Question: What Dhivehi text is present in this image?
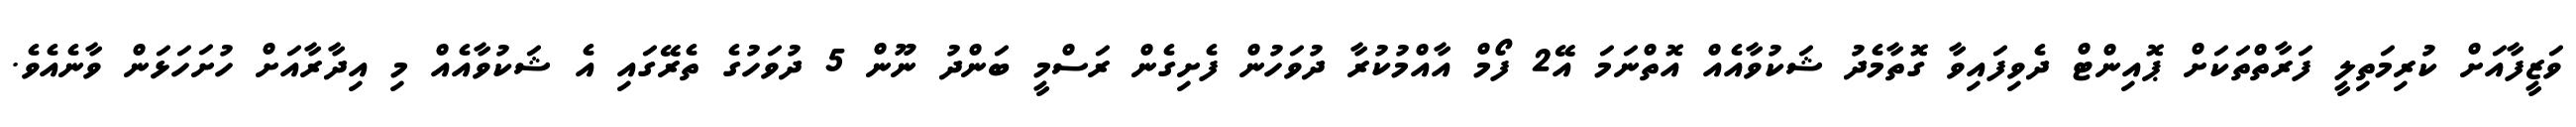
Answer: ވަޒީފާއަށް ކުރިމަތިލީ ފަރާތްތަކަށް ޕޮއިންޓް ދެވިފައިވާ ގޮތާމެދު ޝަކުވާއެއް އޮތްނަމަ އޭ2 ފޯމް އާއްމުކުރާ ދުވަހުން ފެށިގެން ރަސްމީ ބަންދު ނޫން 5 ދުވަހުގެ ތެރޭގައި އެ ޝަކުވާއެއް މި އިދާރާއަށް ހުށަހަޅަން ވާނެއެވެ.